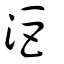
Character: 洰